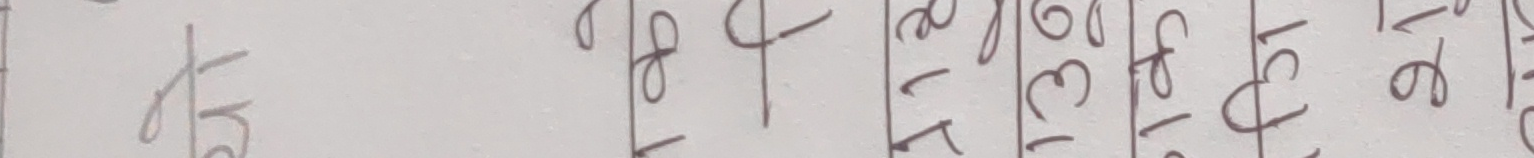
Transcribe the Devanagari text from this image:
१६ ८ ३६ २१ १० ८३ १६ १७ नेर